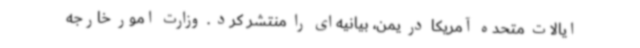
ایالات متحده آمریکا در یمن، بیانیه‌ای را منتشر کرد . وزارت امور خارجه